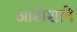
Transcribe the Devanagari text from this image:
आडोशाने